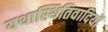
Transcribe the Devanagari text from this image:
यथास्थितिवादियों